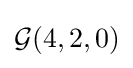
{\mathcal {G}}(4,2,0)